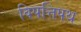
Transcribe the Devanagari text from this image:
विपत्तिपथ